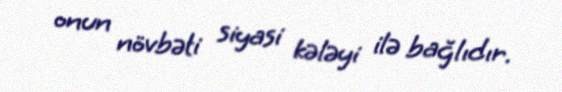
onun növbəti siyasi kələyi ilə bağlıdır.